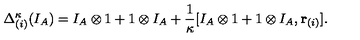
\Delta _ { ( i ) } ^ { \kappa } ( I _ { A } ) = I _ { A } \otimes 1 + 1 \otimes I _ { A } + \frac { 1 } { \kappa } [ I _ { A } \otimes 1 + 1 \otimes I _ { A } , { \bf r } _ { ( i ) } ] .